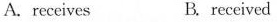
A.receives B. received